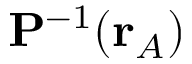
\mathbf { P } ^ { - 1 } ( \mathbf { r } _ { A } )